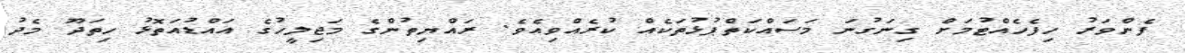
ފެންވަރު ހިފެހެއްޓުމަށް ގިނަގުނަ މަސައްކަތްޕުޅުތަކެއް ކުރެއްވިއެވެ. ރައްޔިތުންގެ މަޖިލީހުގެ އައްޑުއަތޮޅު ހިތަދޫ މެދު